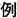
例